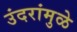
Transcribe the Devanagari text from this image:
उंदरांमुळे